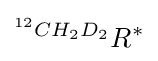
^{^{12}CH_{2}D_{2}}R^{*}